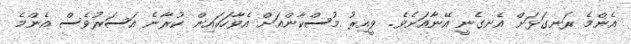
އެންމެ ރަނގަޅަށް އެނގެނީ އޭނާއަށެވެ. ވީއިރު މުސްކާންއަށް އެވާހަކައިން ކުރާނެ އަސަރުވެސް އެންމެ